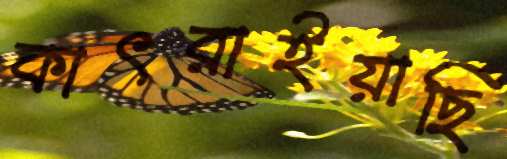
কাৎরাইয়াছি